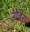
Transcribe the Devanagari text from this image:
नोबरा